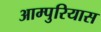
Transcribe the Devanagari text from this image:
आम्पुरियास